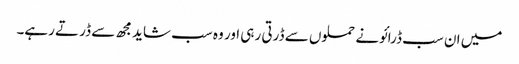
میں ان سب ڈرائونے حملوں سے ڈرتی رہی اور وہ سب شاید مجھ سے ڈرتے رہے۔